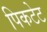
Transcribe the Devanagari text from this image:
पिकटेट